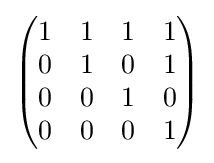
{\begin{pmatrix}1&1&1&1\\0&1&0&1\\0&0&1&0\\0&0&0&1\end{pmatrix}}